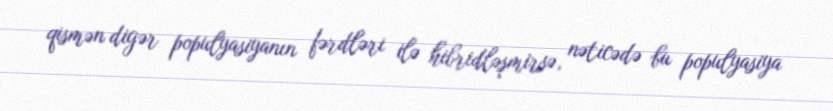
qismən digər populyasiyanın fərdləri ilə hibridləşmirsə, nəticədə bu populyasiya